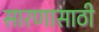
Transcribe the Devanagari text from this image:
सारणासाठी